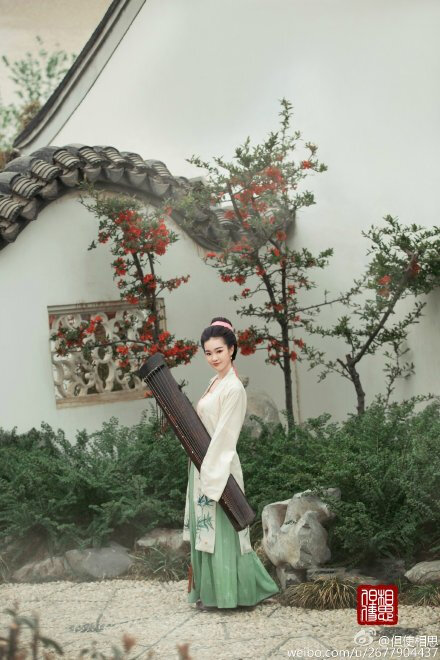
修竹畔，疏帘里。歌余尘拂扇，舞罢风掀袂。